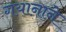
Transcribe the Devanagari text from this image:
गयानाने